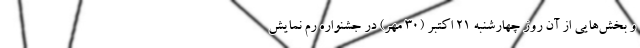
و بخش‌هایی از آن روز چهارشنبه ۲۱ اکتبر (۳۰ مهر) در جشنواره رم نمایش